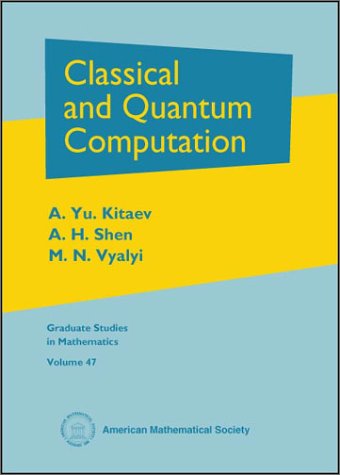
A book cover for Classical and Quantum Computation (Graduate Studies in Mathematics); A. Yu. Kitaev; Science & Math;